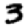
Digit: 3